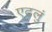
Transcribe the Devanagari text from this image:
एटलुं